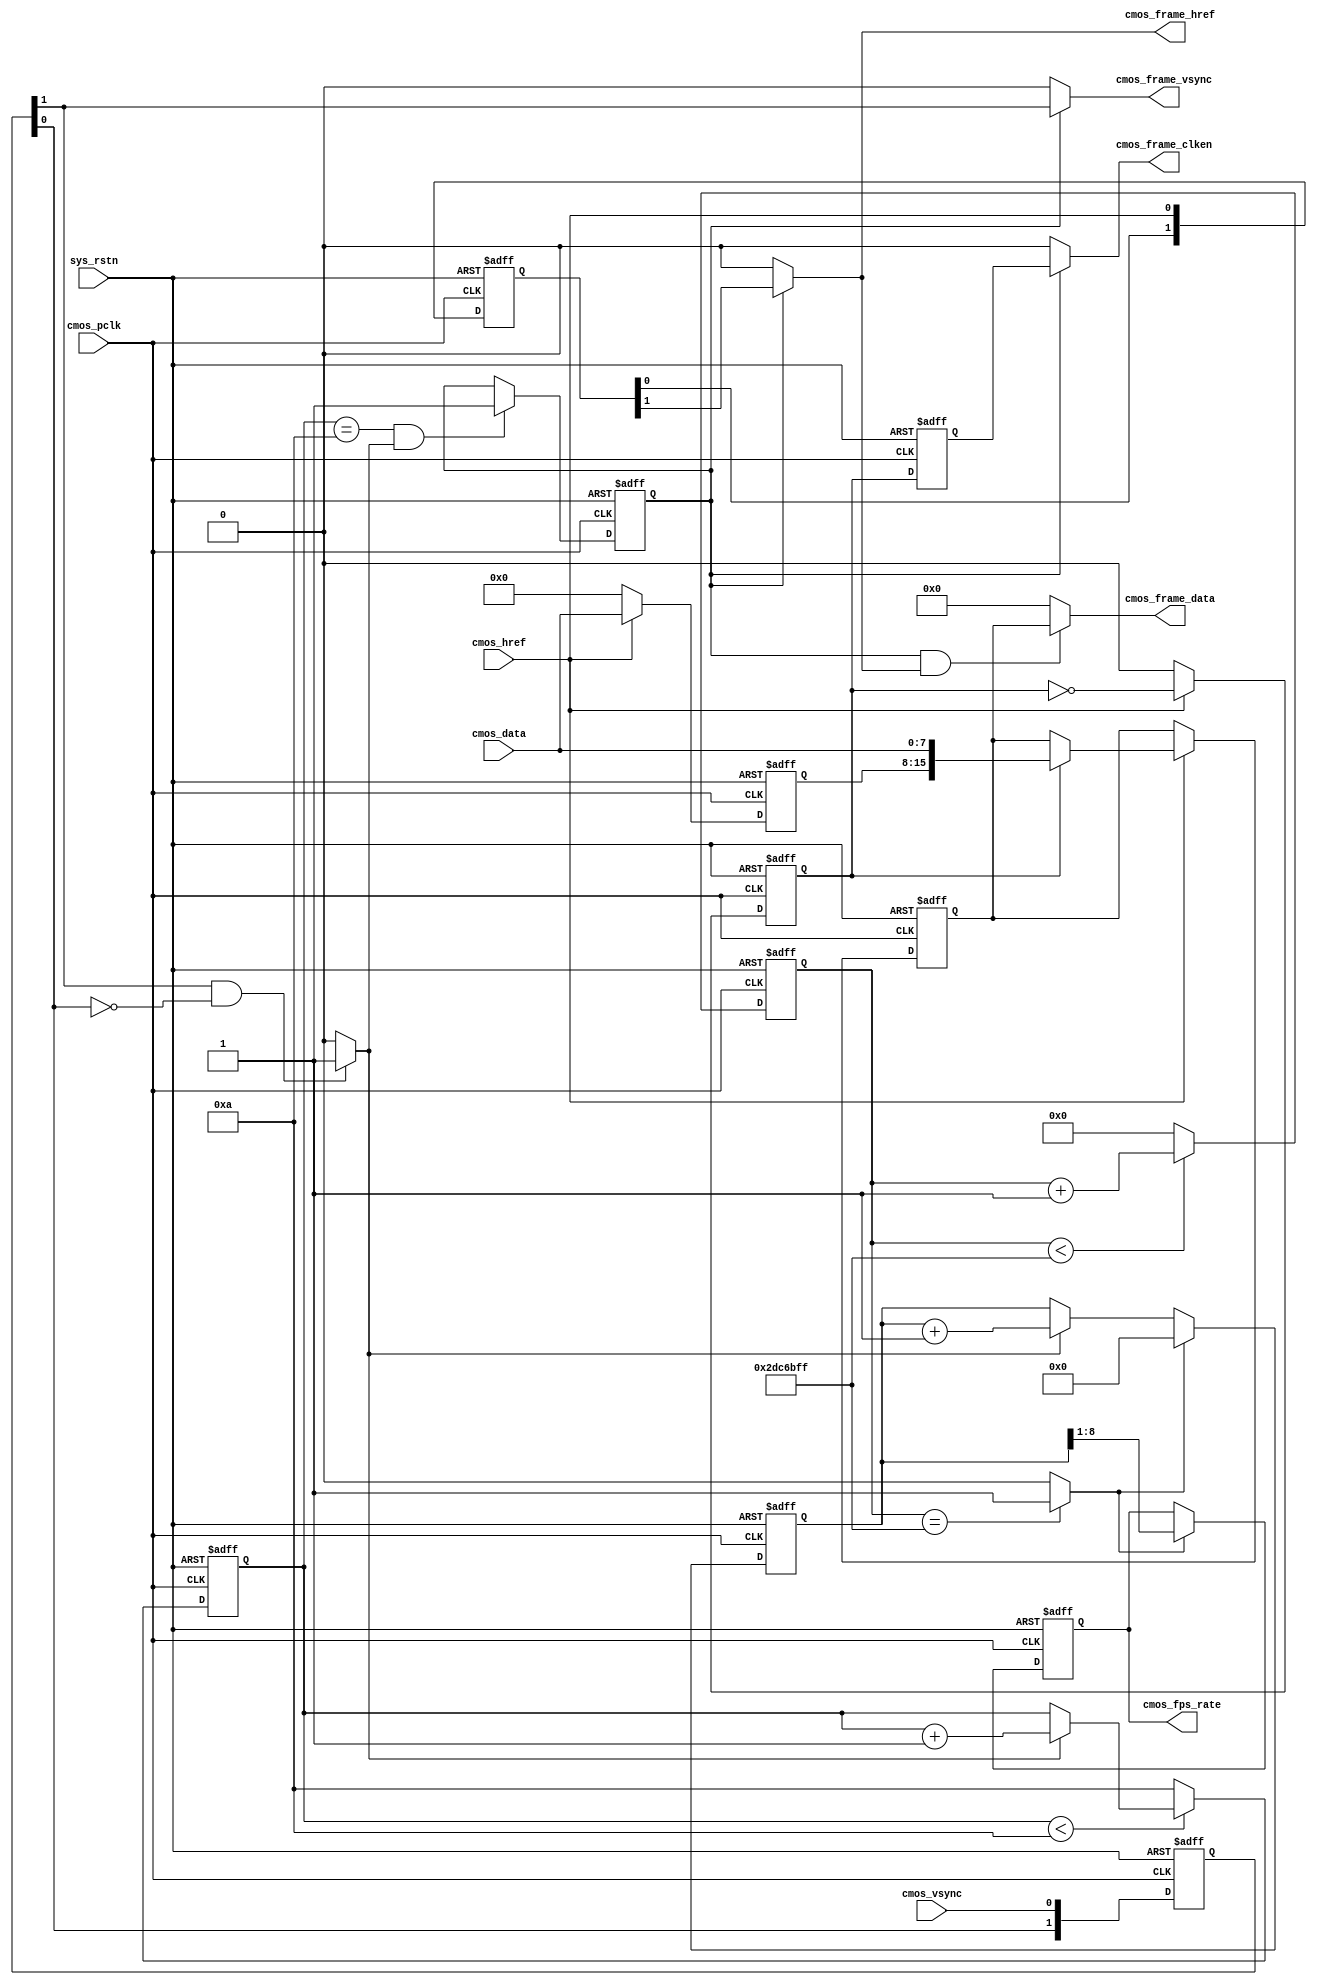
`timescale 1ns/1ns
module capturer_rgb565 #(
    //Wait n fps for steady(OmniVision need 10 Frame)
    parameter CMOS_FRAME_WAITCNT = 4'd10 
) (
    //global clock
    input				sys_rstn,				//global reset

    //CMOS Sensor Interface
    input				cmos_pclk,			//24MHz CMOS Pixel clock input
    input				cmos_vsync,			//H : Data Valid; L : Frame Sync(Set it by register)
    input				cmos_href,			//H : Data vaild, L : Line Sync
    input		[7:0]	cmos_data,			//8 bits cmos data input

    //CMOS SYNC Data output
    output				cmos_frame_vsync,	//cmos frame data vsync valid signal
    output				cmos_frame_href,	//cmos frame data href vaild  signal
    output		[15:0]	cmos_frame_data,	//cmos frame RGB output: {{R[4:0],G[5:3]}, {G2:0}, B[4:0]}
    output				cmos_frame_clken,	//cmos frame data output/capture enable clock, 12MHz

    //user interface
    output	reg	[7:0]	cmos_fps_rate		//cmos frame output rate
);

//-----------------------------------------------------
//Sensor HS & VS Vaild Capture
/**************************************************
         _________________________________
VS______|                                 |________
                _______	 	     _______
HS_____________|       |__...___|       |____________
**************************************************/
//-------------------------------------------------------------
//sync the frame vsync and href signal and generate frame begin & end signal
reg	[1:0]	cmos_vsync_r, cmos_href_r;
always@(posedge cmos_pclk or negedge sys_rstn) begin
    if(!sys_rstn) begin
        cmos_vsync_r <= 0;
        cmos_href_r <= 0;
    end
    else begin
        cmos_vsync_r <= {cmos_vsync_r[0], cmos_vsync};
        cmos_href_r <= {cmos_href_r[0], cmos_href};
    end
end
//wire	cmos_vsync_pos 	= (~cmos_vsync_r[1] &  cmos_vsync_r[0]) ? 1'b1 : 1'b0;
wire	cmos_vsync_neg  = ( cmos_vsync_r[1] & ~cmos_vsync_r[0]) ? 1'b1 : 1'b0;

//----------------------------------------------------------------------------------
//Wait for Sensor output Data valid 10 Frame of OmniVision
reg	[3:0]	fps_cnt_wait;
always@(posedge cmos_pclk or negedge sys_rstn) begin
    if(!sys_rstn)
        fps_cnt_wait <= 0;
    else begin	//Wait until cmos init complete
        if(fps_cnt_wait < CMOS_FRAME_WAITCNT)
            fps_cnt_wait <= cmos_vsync_neg ? fps_cnt_wait + 1'b1 : fps_cnt_wait;
        else
            fps_cnt_wait <= CMOS_FRAME_WAITCNT;
    end
end

//----------------------------------------------------------------------------------
//Come ture frame synchronization to ignore error frame or has not capture when vsync begin
reg		frame_valid;
always@(posedge cmos_pclk or negedge sys_rstn) begin
    if(!sys_rstn)
        frame_valid <= 0;
    else if(fps_cnt_wait == CMOS_FRAME_WAITCNT && cmos_vsync_neg == 1)
        frame_valid <= 1;
    else
        frame_valid <= frame_valid;
end

//----------------------------------------------------------------------------------
//capture and sync RGB565 cmos_data
reg	[7:0]	cmos_data_r;
reg	[15:0]	cmos_frame_data_r;
reg			byte_flag;
always@(posedge cmos_pclk or negedge sys_rstn) begin
    if(!sys_rstn) begin
        cmos_data_r <= 0;
        byte_flag <= 0;
        cmos_frame_data_r <= 0;
    end
    else if(cmos_href) begin
        byte_flag <= ~byte_flag;
        cmos_data_r <= cmos_data;
        if(byte_flag == 1'b1)
            cmos_frame_data_r <= {cmos_data_r, cmos_data};	//MSB -> LSB
        else
            cmos_frame_data_r <= cmos_frame_data_r;
    end
    else begin
        cmos_data_r <= 0;
        byte_flag <= 0;
        cmos_frame_data_r <= cmos_frame_data_r;
    end
end

//-----------------------------------------------
//Generate cmos data enable clock signal
reg	byte_flag_r;
always@(posedge cmos_pclk or negedge sys_rstn) begin
    if(!sys_rstn)
        byte_flag_r <= 0;
    else
        byte_flag_r <= byte_flag;
end
assign	cmos_frame_vsync = frame_valid ? cmos_vsync_r[1] : 1'b0;//Lag 2 clocks
assign	cmos_frame_href  = frame_valid ? cmos_href_r[1] : 1'b0;	//Lag 2 clocks
assign	cmos_frame_data = (frame_valid & cmos_frame_href) ? cmos_frame_data_r : 16'd0;
assign	cmos_frame_clken = frame_valid ? byte_flag_r : 1'b0;

//----------------------------------------------------------------------------------------------------------
//----------------------------------------------------------------------------------------------------------
//Delay 2s for cmos fps counter
localparam	DELAY_TOP = 2 * 24_000000;	//2s delay
reg	[27:0]	delay_cnt;
always@(posedge cmos_pclk or negedge sys_rstn) begin
    if(!sys_rstn)
        delay_cnt <= 0;
    else if(delay_cnt < DELAY_TOP - 1'b1)
        delay_cnt <= delay_cnt + 1'b1;
    else
        delay_cnt <= 0;
end
wire delay_2s = (delay_cnt == DELAY_TOP - 1'b1) ? 1'b1 : 1'b0;

//-------------------------------------
//cmos image output rate counter
reg	[8:0]	cmos_fps_cnt2;
always@(posedge cmos_pclk or negedge sys_rstn) begin
    if(!sys_rstn) begin
        cmos_fps_cnt2 <= 0;
        cmos_fps_rate <= 0;
    end
    else if(delay_2s == 1'b0) begin	//time is not reached
        cmos_fps_cnt2 <= cmos_vsync_neg ? cmos_fps_cnt2 + 1'b1 : cmos_fps_cnt2;
        cmos_fps_rate <= cmos_fps_rate;
    end
    else begin	//time up
        cmos_fps_cnt2 <= 0;
        cmos_fps_rate <= cmos_fps_cnt2[8:1];	//divide by 2
    end
end

endmodule